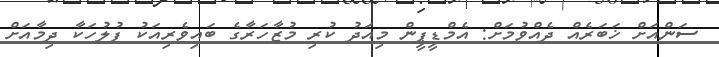
ސަންއަށް ޚަބަރެއް ދެއްވުމަށް: އެމްޑީޕީން މިއަދު ކުރި މުޒާހަރާގެ ބައިވެރިއަކު ފުލުހަކާ ދިމާއަށް